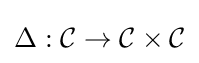
\Delta :{\mathcal {C}}\to {\mathcal {C}}\times {\mathcal {C}}